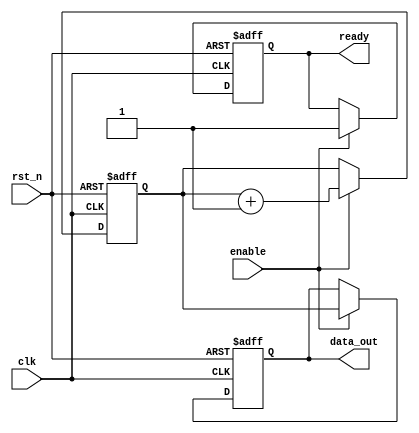
module reset_condition_example (
    input wire clk,              // Clock signal
    input wire rst_n,            // Active-low reset signal
    input wire enable,           // Enable signal for normal operation
    output reg [7:0] data_out,   // Output data register
    output reg ready             // Ready signal
);

// Initial State Declaration
reg [7:0] internal_reg;        // Internal register

// Asynchronous reset behavior
always @(posedge clk or negedge rst_n) begin
    if (!rst_n) begin
        // Behavior on Reset
        internal_reg <= 8'b0;   // Initialize register to 0
        data_out <= 8'b0;       // Initialize output to 0
        ready <= 1'b0;          // Set ready signal to low
    end else if (enable) begin
        // Normal operation
        // Example operation: Increment internal_reg
        internal_reg <= internal_reg + 1;
        data_out <= internal_reg; // Pass internal_reg to output
        ready <= 1'b1;            // Set ready signal to high
    end
end

// Optional: Testability
// You can add test signals and monitor internal states for verification

endmodule